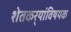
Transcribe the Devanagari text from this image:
शेतकर्‍यांविषयक